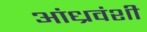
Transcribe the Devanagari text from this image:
आंध्रवंशी